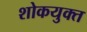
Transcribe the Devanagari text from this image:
शोकयुक्त